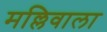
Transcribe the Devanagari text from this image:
मल्लिवाला